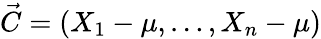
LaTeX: {\vec{C}}=(X_{1}-\mu,\ldots,X_{n}-\mu)